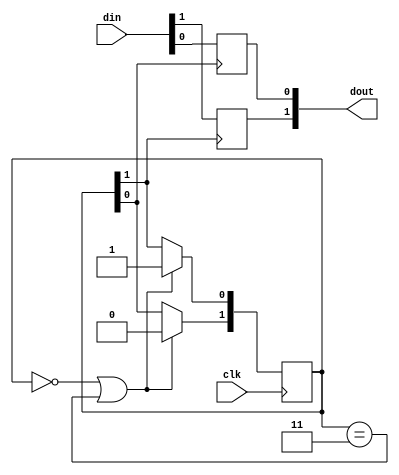
module top
(
  input clk,
  input [1:0] din,
  output reg [1:0] dout
);
  
  // This design is simplified version that similar to 
  // https://github.com/os-fpga/Jira_Testcase/tree/main/EDA-2969
  
  localparam FABRIC_CLK_GEN_METHOD = 1;
  reg [1:0] fabric_data_as_clk;
  generate
    if (FABRIC_CLK_GEN_METHOD == 0) begin
      // Method 0 generate clock via counter
      // This does not trigger assertion
      always @(posedge clk) begin
        fabric_data_as_clk <= fabric_data_as_clk + 2'd1;
      end
    end
    else begin
      // Method none-0 generate clock via one-hot circular shifting
      // This trigger assertion
      always @(posedge clk) begin
        if (fabric_data_as_clk == 2'd0 || fabric_data_as_clk == 2'd3)
          fabric_data_as_clk <= 2'd1;
        else begin
          fabric_data_as_clk[1] <= fabric_data_as_clk[0];
          fabric_data_as_clk[0] <= fabric_data_as_clk[1];
        end
      end
    end
  endgenerate
  genvar i;
  generate
    for (i = 0; i < 2; i++) begin
      // Use generated fabric data as clock
      always @(posedge fabric_data_as_clk[i]) begin
        dout[i] <= din[i];
      end
    end
  endgenerate 
endmodule